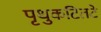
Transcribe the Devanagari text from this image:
पृथुकटितटे